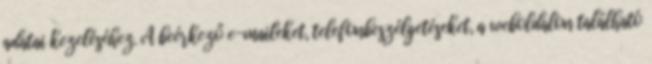
adatai kezeléséhez. A beérkező e-maileket, telefonbeszélgetéseket, a weboldalon található